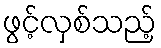
ဖွင့်လှစ်သည့်